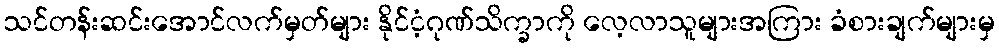
သင်တန်းဆင်းအောင်လက်မှတ်များ နိုင်ငံ့ဂုဏ်သိက္ခာကို လေ့လာသူများအကြား ခံစားချက်များမှ